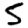
Digit: 5